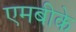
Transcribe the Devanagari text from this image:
एमबीके